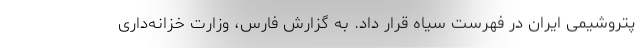
پتروشیمی ایران در فهرست سیاه قرار داد. به گزارش فارس، وزارت خزانه‌داری